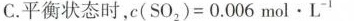
BC.平衡状态时，c(SO2)=0.006mol·L-1